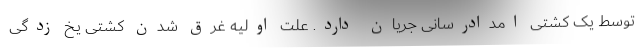
توسط یک کشتی امدادرسانی جریان دارد. علت اولیه غرق شدن کشتی یخ زدگی